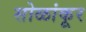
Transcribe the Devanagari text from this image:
सोळांकूर